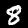
Label: 8